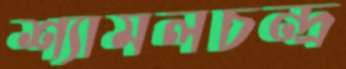
শ্যামলচন্দ্র